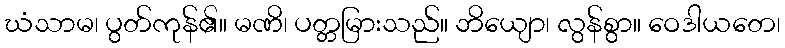
ဃံသာမ၊ ပွတ်ကုန်၏။ မဏိ၊ ပတ္တမြားသည်။ ဘိယျော၊ လွန်စွာ။ ဝေဒါယတေ၊